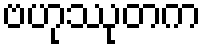
ဗဟုဿုတက